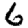
Digit: 6